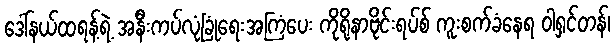
ဒေါ်နယ်ထရန့်ရဲ့ အနီးကပ်လုံခြုံရေးအကြံပေး ကိုရိုနာဗိုင်းရပ်စ် ကူးစက်ခံနေရ ဝါရှင်တန်၊